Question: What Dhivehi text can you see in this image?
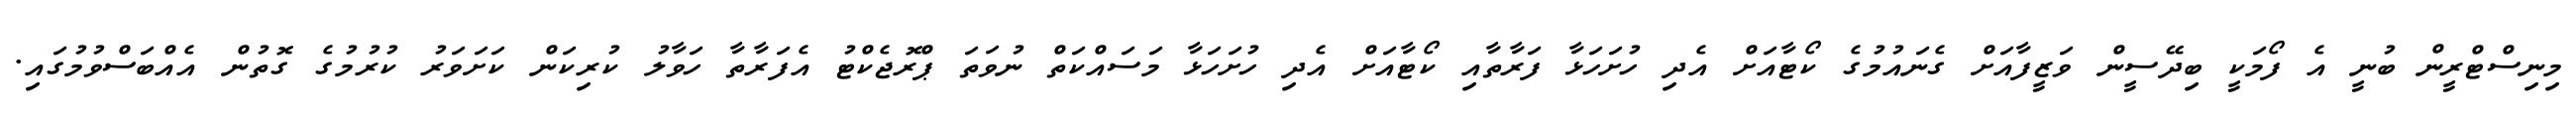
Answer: މިނިސްޓްރީން ބުނީ އެ ފޯމަކީ ބިދޭސީން ވަޒީފާއަށް ގެނައުމުގެ ކޯޓާއަށް އެދި ހުށަހަޅާ ފަރާތާއި ކޯޓާއަށް އެދި ހުށަހަޅާ މަސައްކަތް ނުވަތަ ޕްރޮޖެކްޓު އެފަރާތާ ހަވާލު ކުރިކަން ކަށަވަރު ކުރުމުގެ ގޮތުން އެއްބަސްވުމުގައި.